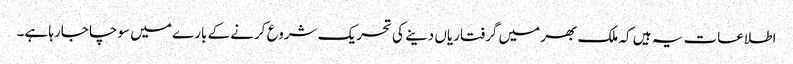
اطلاعات یہ ہیں کہ ملک بھر میں گرفتاریاں دینے کی تحریک شروع کرنے کے بارے میں سوچا جارہا ہے۔